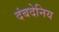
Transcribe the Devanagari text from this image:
दंबदेनिय